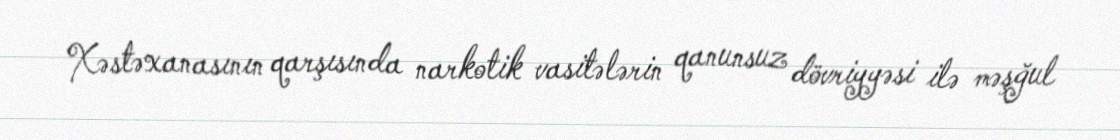
Xəstəxanasının qarşısında narkotik vasitələrin qanunsuz dövriyyəsi ilə məşğul